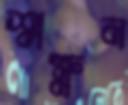
শ্লক্ষ্ণন